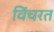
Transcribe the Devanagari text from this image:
विंचरत